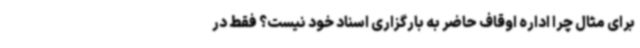
برای مثال چرا اداره اوقاف حاضر به بارگزاری اسناد خود نیست؟ فقط در